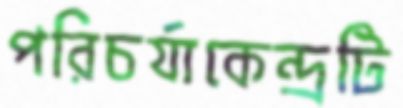
পরিচর্যাকেন্দ্রটি